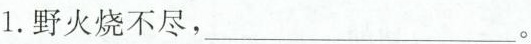
1.野火烧不尽，___。